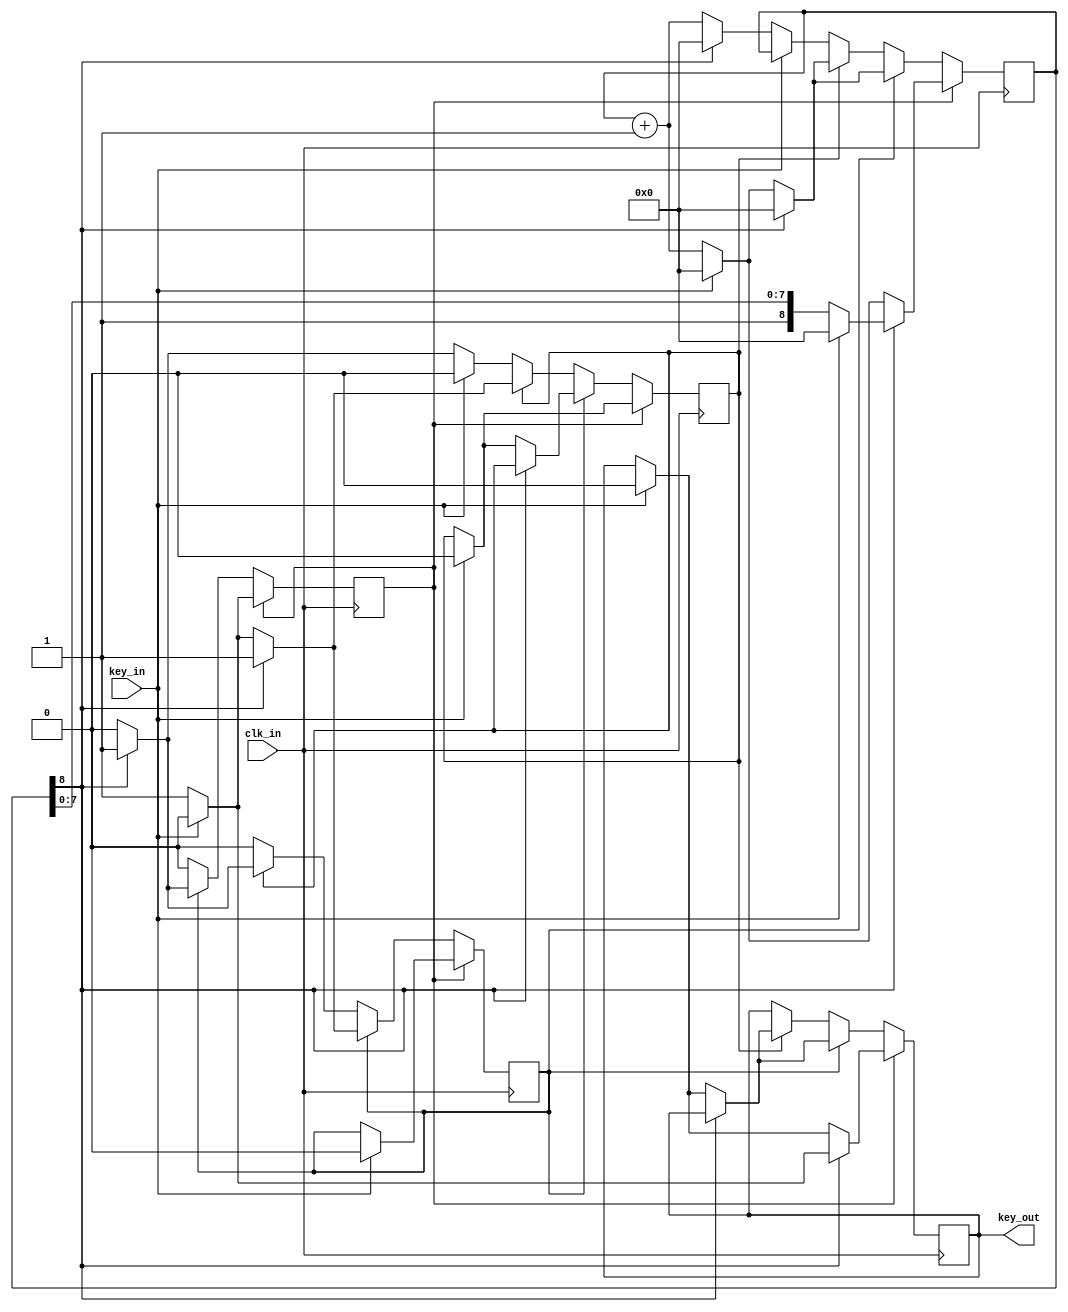
`timescale 1ns / 1ps
//////////////////////////////////////////////////////////////////////////////////
// Company: 
// Engineer: 
// 
// Design Name: 
// Module Name:    digital_filter 
// Project Name: 
// Target Devices: 
// Tool versions: 
// Description: 
//
// Dependencies: 
//
// Revision: 
// Revision 0.01 - File Created
// Additional Comments: 
//
//////////////////////////////////////////////////////////////////////////////////
module digital_filter(
							clk_in,
							key_in,
							key_out);
							
		input  clk_in ;
		input  key_in ;
		output key_out;
		reg    key_out;
		
		reg [8:0]counter;
		
		reg flag1;
		reg flag2;
		reg flag3;
		
		
		always @ ( posedge clk_in ) 
			begin
				if ( flag3 )
					begin
						if ( counter[8] )
							begin
								if ( key_in == 0 )
									key_out <= 1 ;
								else
									begin
										flag1   <= 0 ;
										flag2   <= 0 ;
										flag3   <= 0 ;
										counter <= 0 ;
										key_out <= 0 ;
									end
							end
						else
							if ( key_in == 0 )
								begin
									counter <= counter + 1 ;
								end
							else
								begin
									flag1   <= 0 ;
									flag2   <= 0 ;
									flag3   <= 0 ;
									counter <= 0 ;
									key_out <= 0 ;
								end
					end
				else
					if ( flag2 )
						begin
							if ( counter[8] )
								begin
									flag3   <= 1 ;
									counter <= 0 ;
								end
							else
								if ( key_in == 0 )
									begin
										counter <= counter + 1 ;
									end
								else
									begin
										flag1   <= 0 ;
										flag2   <= 0 ;
										flag3   <= 0 ;
										counter <= 0 ;
										key_out <= 0 ;
									end
						end
					else
						if ( flag1 )
							begin
								if ( counter[8] )
									begin
										flag2 <= 1 ;
										counter <= 0;
									end
								else
									if ( key_in == 0 )
										begin
											counter <= counter + 1 ;
										end
									else
										begin
											flag1   <= 0 ;
											flag2   <= 0 ;
											flag3   <= 0 ;
											counter <= 0 ;
											key_out <= 0 ;
										end
							end
						else
							if ( key_in == 0 )
							begin
								if ( counter[8] )
									begin
										flag1 <= 1 ;
										counter <= 0 ;
									end
								else
									if ( key_in == 0 )
										begin
											counter <= counter + 1 ;
										end
									else
										begin
											flag1   <= 0 ;
											flag2   <= 0 ;
											flag3   <= 0 ;
											counter <= 0 ;
											key_out <= 0 ;
										end
							end
			end
							


endmodule